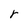
Character: r